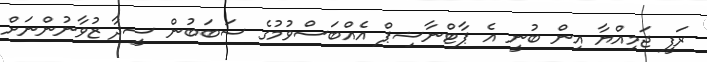
ރަފީ ޖަމިއްޔާ އިން ބުނީ އެ ޕާޓްނާޝިޕް އެއްބަސްވުމުގެ ސަބަބުން ސީދާ ޒުވާނުންނަށް